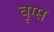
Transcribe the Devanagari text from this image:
वृग्स